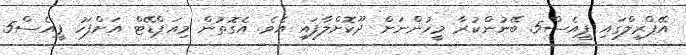
އޭޕްރީލްގައި ޕީއެސް5 ބޭނުންކުރާ މީހުންނަށް ދޫކޮށްލާފައި އެވެ. އެގޮތުން މިއަޕްޑޭޓް އަށްފަހު ޕީއެސް5